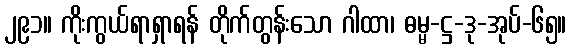
၂၉၁။ ကိုးကွယ်ရာရှာရန် တိုက်တွန်းသော ဂါထာ၊ ဓမ္မ-ဋ္ဌ-ဒု-အုပ်-၆၅။